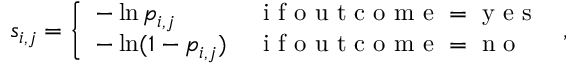
s _ { i , j } = \left\{ \begin{array} { l l } { - \ln p _ { i , j } \, } & { \mathrm { ~ i ~ f ~ o ~ u ~ t ~ c ~ o ~ m ~ e ~ } = \mathrm { ~ y ~ e ~ s ~ } } \\ { - \ln ( 1 - p _ { i , j } ) \, } & { \mathrm { ~ i ~ f ~ o ~ u ~ t ~ c ~ o ~ m ~ e ~ } = \mathrm { ~ n ~ o ~ } } \end{array} \right. \, ,